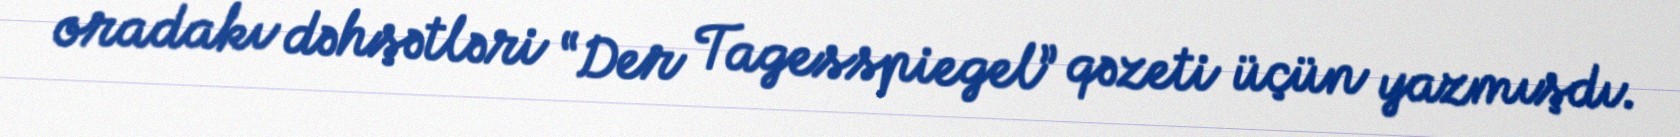
oradakı dəhşətləri “Der Tagesspiegel” qəzeti üçün yazmışdı.